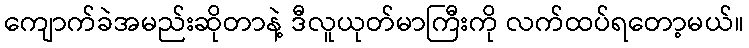
ကျောက်ခဲအမည်းဆိုတာနဲ့ ဒီလူယုတ်မာကြီးကို လက်ထပ်ရတော့မယ်။